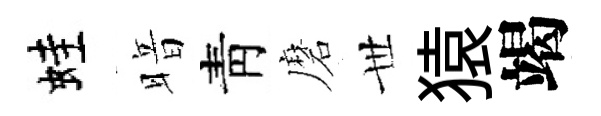
蛙暗靑磨𠀍猿竭